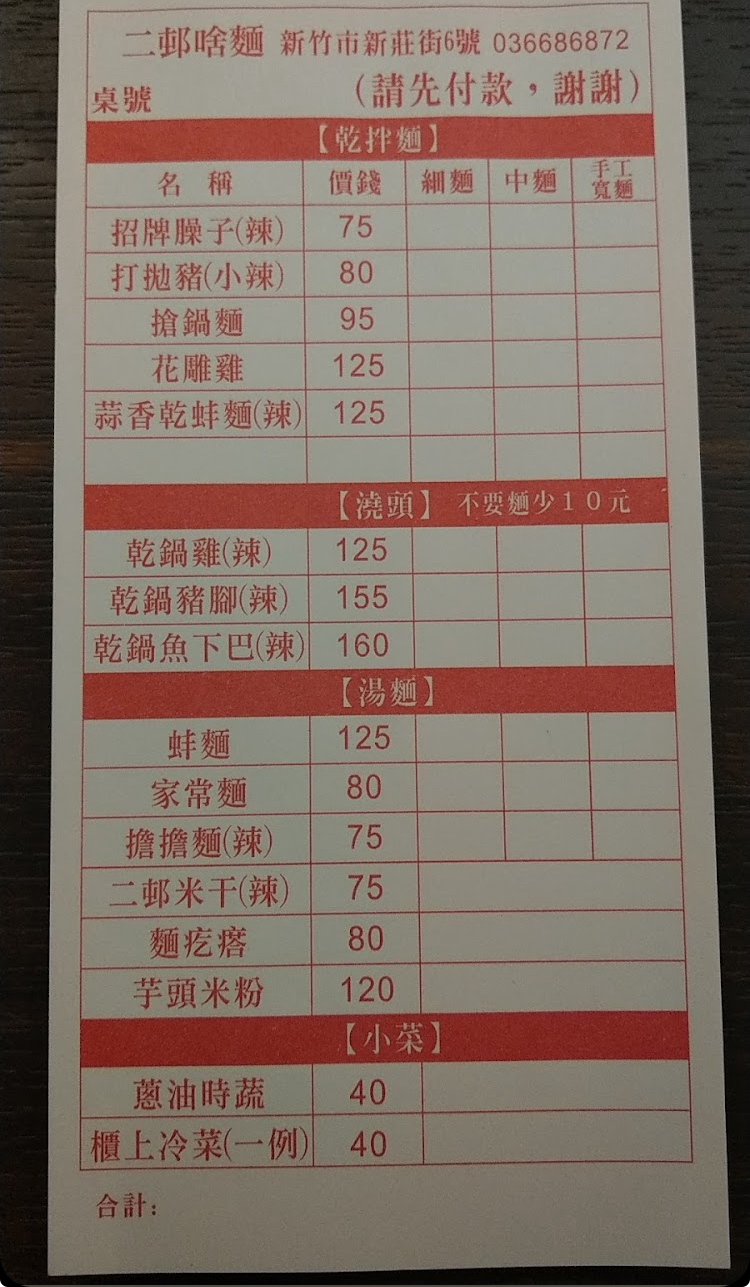
餐廳：二邨啥麵
地址：新竹市新莊街6號
電話：036686872
菜單：
name: 招牌臊子(辣)
price: 75
name: 打拋豬(小辣)
price: 80
name: 搶鍋麵
price: 95
name: 花雕雞
price: 125
name: 蒜香乾拌麵(辣)
price: 125
name: 乾鍋雞(辣)
price: 125
name: 乾鍋豬腳(辣)
price: 155
name: 乾鍋魚下巴(辣)
price: 160
name: 蚌麵
price: 125
name: 家常麵
price: 80
name: 擔擔麵(辣)
price: 75
name: 二邨米干(辣)
price: 75
name: 麵疙瘩
price: 80
name: 芋頭米粉
price: 120
name: 蔥油時蔬
price: 40
name: 櫃上冷菜(一例)
price: 40